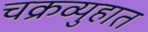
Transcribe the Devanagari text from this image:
चक्रव्युहात